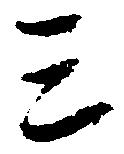
ミ